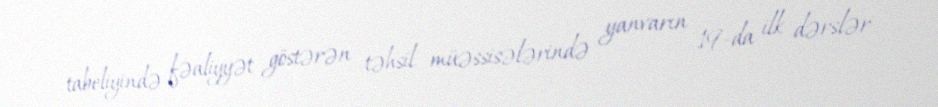
tabeliyində fəaliyyət göstərən təhsil müəssisələrində yanvarın 19-da ilk dərslər